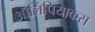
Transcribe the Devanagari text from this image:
ऑलिंपियाकेस